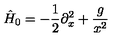
\hat { H } _ { 0 } = - \frac { 1 } { 2 } \partial _ { x } ^ { 2 } + \frac { g } { x ^ { 2 } }